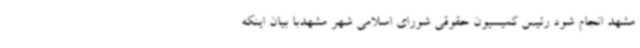
مشهد انجام شود رئیس کمیسیون حقوقی شورای اسلامی شهر مشهدبا بیان اینکه